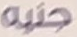
جنيه